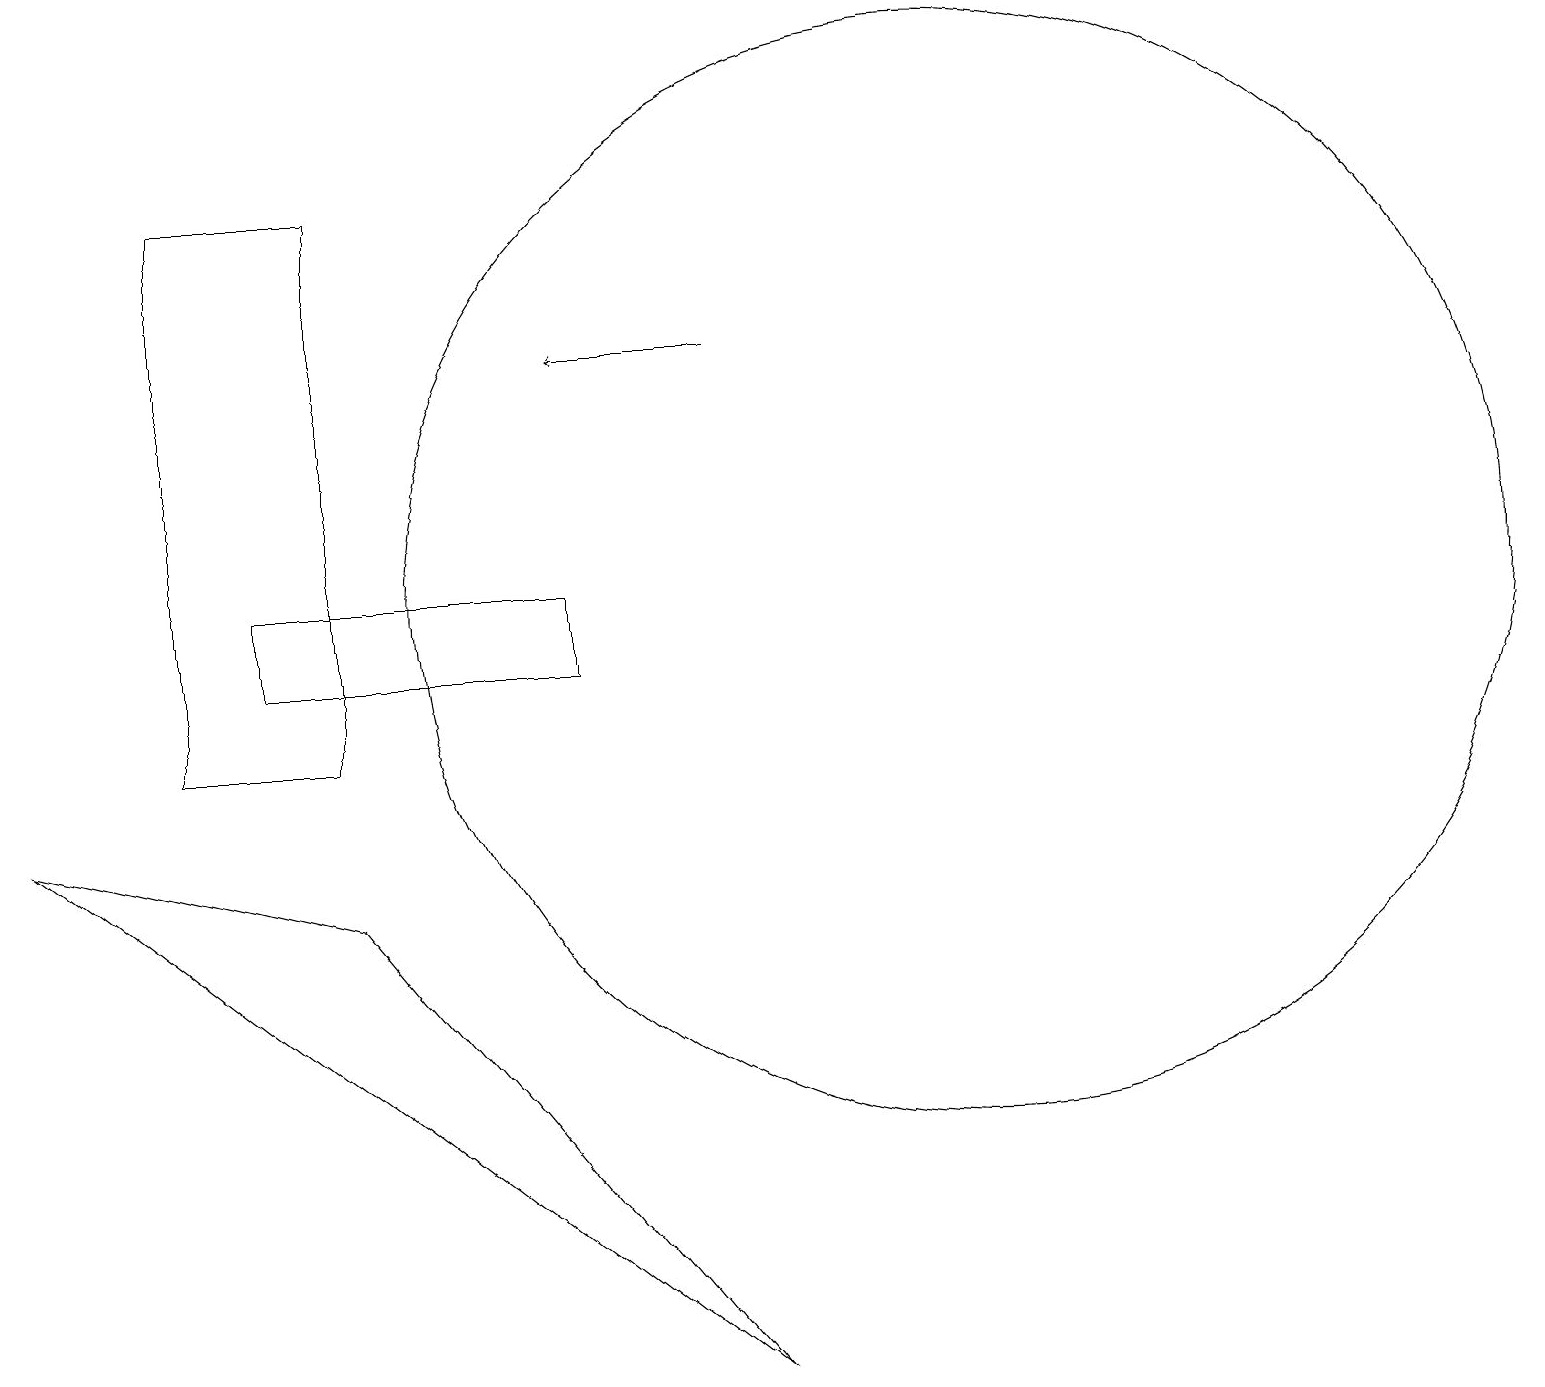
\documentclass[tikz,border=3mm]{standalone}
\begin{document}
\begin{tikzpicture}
\draw (12,12) circle (7);
\draw (7,11) rectangle (3,12);
\draw[->] (9,15) -- (7,15);
\draw (2,10) rectangle (4,17);
\draw (4,8) -- (0,9) -- (9,2) -- cycle;
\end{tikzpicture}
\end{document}